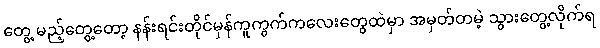
တွေ့ မည့်တွေ့တော့ နန်းရင်းတိုင်မှန်ကူကွက်ကလေးတွေထဲမှာ အမှတ်တမဲ့ သွားတွေ့လိုက်ရ